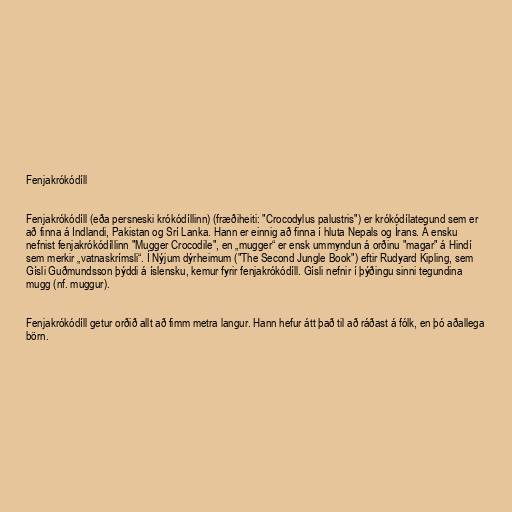
Fenjakrókódíll

Fenjakrókódíll (eða persneski krókódíllinn) (fræðiheiti: "Crocodylus palustris") er krókódílategund sem er
að finna á Indlandi, Pakistan og Srí Lanka. Hann er einnig að finna í hluta Nepals og Írans. Á ensku
nefnist fenjakrókódíllinn "Mugger Crocodile", en „mugger“ er ensk ummyndun á orðinu "magar" á Hindí
sem merkir „vatnaskrímsli“. Í Nýjum dýrheimum ("The Second Jungle Book") eftir Rudyard Kipling, sem
Gísli Guðmundsson þýddi á íslensku, kemur fyrir fenjakrókódíll. Gísli nefnir í þýðingu sinni tegundina
mugg (nf. muggur).

Fenjakrókódíll getur orðið allt að fimm metra langur. Hann hefur átt það til að ráðast á fólk, en þó aðallega
börn.